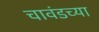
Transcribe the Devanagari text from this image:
चावंडच्या